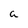
Character: a